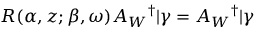
R ( \alpha , z ; \beta , \omega ) A _ { W } { } ^ { \dag } | \gamma = A _ { W } { } ^ { \dag } | \gamma